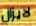
لايزال